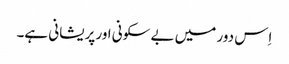
اِس دور میں بے سکونی اور پریشانی ہے۔